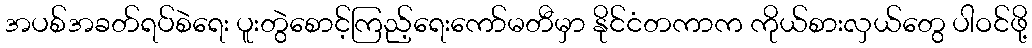
အပစ်အခတ်ရပ်စဲရေး ပူးတွဲစောင့်ကြည့်ရေးကော်မတီမှာ နိုင်ငံတကာက ကိုယ်စားလှယ်တွေ ပါဝင်ဖို့